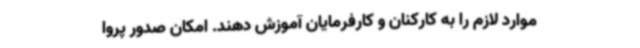
موارد لازم را به کارکنان و کارفرمایان آموزش دهند. امکان صدور پروا